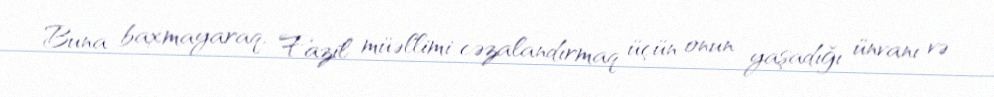
Buna baxmayaraq, Fazil müəllimi cəzalandırmaq üçün onun yaşadığı ünvanı və